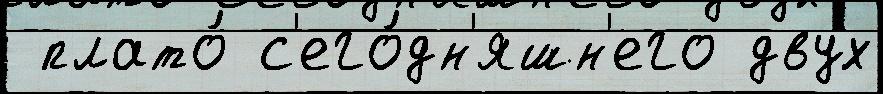
 плато́ с'его́дн'яшн'его двух